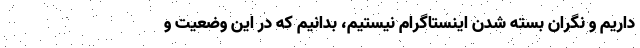
داریم و نگران بسته شدن اینستاگرام نیستیم، بدانیم که در این وضعیت و